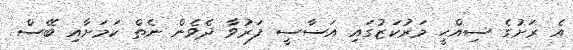
އެ ރަށުގެ ސިއްހީ މަރުކަޒުގައި އަސާސީ ފަރުވާ ދެވެން ނެތް ކަމަށާއި ބޭސް